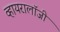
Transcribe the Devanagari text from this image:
व्हायरालॉजी